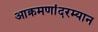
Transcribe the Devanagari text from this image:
आक्रमणांदरम्यान